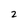
Character: 2